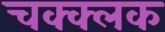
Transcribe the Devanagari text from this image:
चक्क्लक